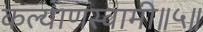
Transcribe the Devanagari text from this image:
कल्याणस्वामी॥५॥